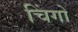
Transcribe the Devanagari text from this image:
चिंगो